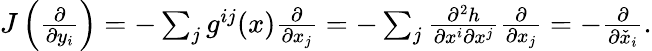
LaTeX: \begin{array}{r}{J\left(\frac{\partial}{\partial y_{i}}\right)=-\sum_{j}g^{ij}(x)\frac{\partial}{\partial x_{j}}=-\sum_{j}\frac{\partial^{2}h}{\partial x^{i}\partial x^{j}}\frac{\partial}{\partial x_{j}}=-\frac{\partial}{\partial\check{x}_{i}}.}\end{array}